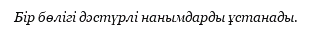
Бір бөлігі дәстүрлі нанымдарды ұстанады.